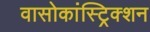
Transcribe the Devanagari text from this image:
वासोकांस्ट्रिक्शन